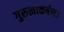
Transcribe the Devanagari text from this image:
गुरुत्वाकर्षण।